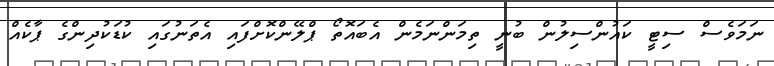
ނަމަވެސް ސިޓީ ކައުންސިލުން ބުނީ ތިމަންނަމެން އެބައޮތޯ ޕްލޭންކޮށްފައި އެތަނުގައި ކުޑަކުދިންގެ ޕާކެއް